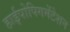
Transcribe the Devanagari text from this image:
हाईपोपिगमेंटेशन